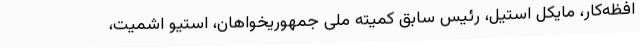
افظه‌کار، مایکل استیل، رئیس سابق کمیته ملی جمهوریخواهان، استیو اشمیت،